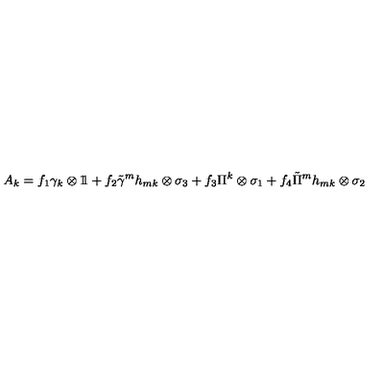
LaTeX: A _ { k } = f _ { 1 } \gamma _ { k } \otimes 1 \! \! 1 + f _ { 2 } \tilde { \gamma } ^ { m } h _ { m k } \otimes \sigma _ { 3 } + f _ { 3 } \Pi ^ { k } \otimes \sigma _ { 1 } + f _ { 4 } \tilde { \Pi } ^ { m } h _ { m k } \otimes \sigma _ { 2 }